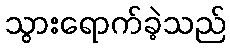
သွားရောက်ခဲ့သည်